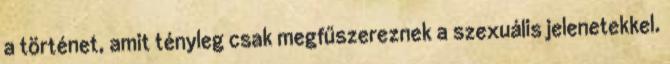
a történet, amit tényleg csak megfűszereznek a szexuális jelenetekkel.